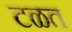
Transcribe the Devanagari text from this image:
टळत